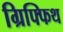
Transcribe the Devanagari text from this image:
ग्रिफ्फिथ